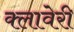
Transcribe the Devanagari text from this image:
क्लावेरी